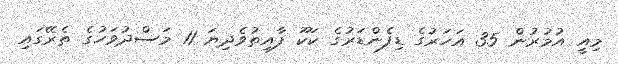
މިއީ އުމުރުން 35 އަހަރުގެ ޑިފެންޑަރުގެ ކަކޫ ފާއިތުވެދިޔަ 11 މަސްދުވަހުގެ ތެރޭގައި